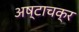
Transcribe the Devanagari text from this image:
अष्टाचक्र